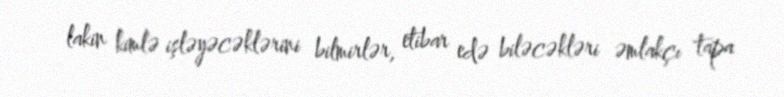
lakin kimlə işləyəcəklərini bilmirlər, etibar edə biləcəkləri əmlakçı tapa